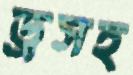
ড্রসহ